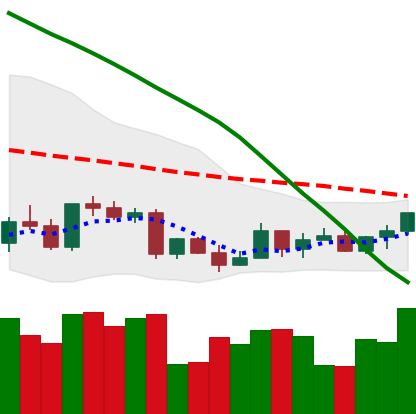
Ticker: LTC-USD
Chart end date: 2022-03-16
Forward return: 4.31%
Label: up_3_5